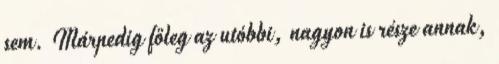
sem. Márpedig főleg az utóbbi, nagyon is része annak,